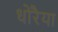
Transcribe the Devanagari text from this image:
धोरैया